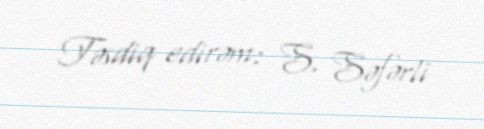
Təsdiq edirəm: S. Səfərli